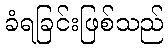
ခံရခြင်းဖြစ်သည်